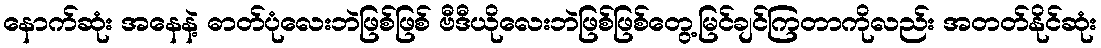
နောက်ဆုံး အနေနဲ့ ဓာတ်ပုံလေးဘဲဖြစ်ဖြစ် ဗီဒီယိုလေးဘဲဖြစ်ဖြစ်တွေ့မြင်ချင်ကြတာကိုလည်း အတတ်နိုင်ဆုံး